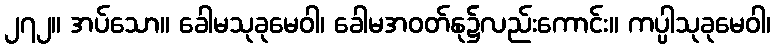
၂၇၂။ အပ်သော။ ခေါမသုခုမေဝါ၊ ခေါမအဝတ်နု၌လည်းကောင်း။ ကပ္ပါသုခုမေဝါ၊